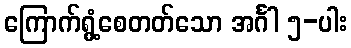
ကြောက်ရွံ့စေတတ်သော အင်္ဂါ ၅-ပါး